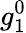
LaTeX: g_{1}^{0}